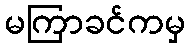
မကြာခင်ကမှ